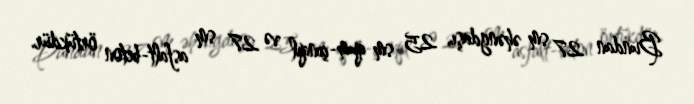
Bundan 27 sm əhəngdaşı, 25 sm qum-çınqıl və 27 sm asfalt-beton örtükdür.